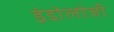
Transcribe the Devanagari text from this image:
इंडोलोजी